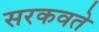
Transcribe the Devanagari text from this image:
सरकवते